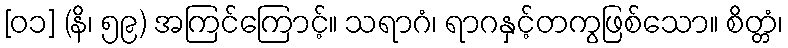
[၀၁] (နိ၊ ၅၉) အကြင်ကြောင့်။ သရာဂံ၊ ရာဂနှင့်တကွဖြစ်သော။ စိတ္တံ၊